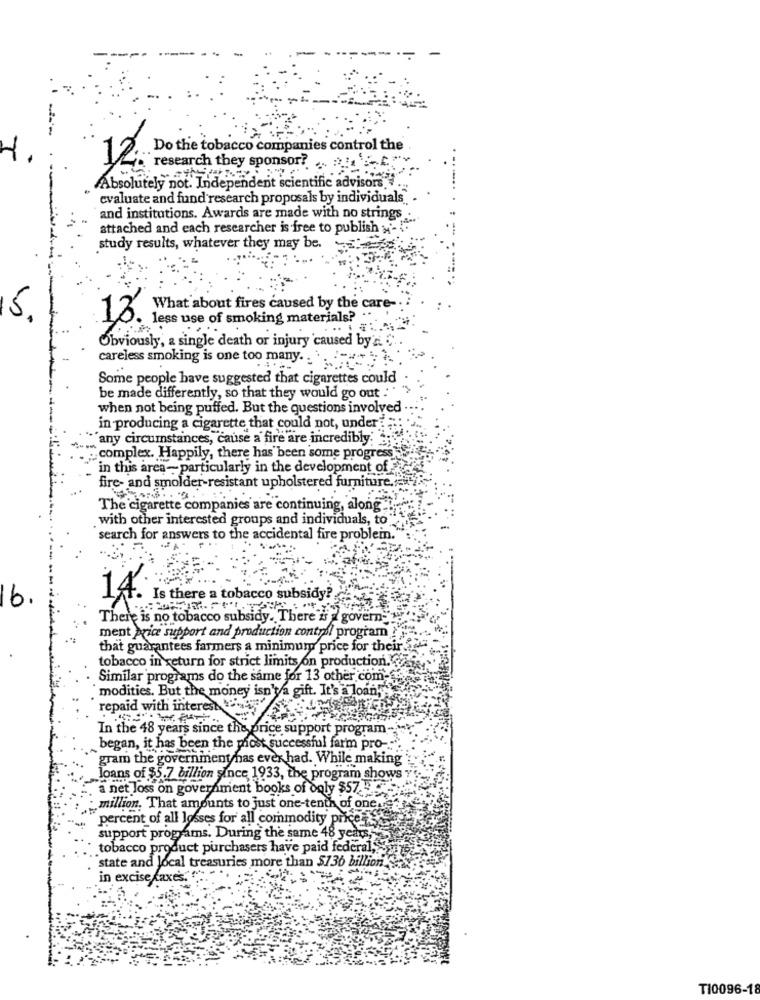
12.
Do the tobacco companies control the
research they sponsor?
Absolutely not. Independent scientific advisors ...
evaluate and fund research proposals by individuals
and institutions. Awards are made with no strings
attached and each researcher is free to publish >
study results, whatever they may be.
What about fires caused by the care-
5
13.
less use of smoking materials?
Obviously, a single death or injury caused by's '
careless smoking is one too many ..
Some people have suggested that cigarettes could
be made differently, so that they would go out : " ">
when not being puffed. But the questions involved
in producing a cigarette that could not, under :
any circumstances, cause a fire are incredibly. ;
complex. Happily, there has been some progress
in this area- particularly in the development of
fire- and smolder-resistant upholstered furniture.
The cigarette companies are continuing, along"
with other interested groups and individuals, to
search for answers to the accidental fire problemn.
16.
14.
Is there a tobacco subsidy?
There is no tobacco subsidy. There is a govern-
ment price support and production control program ?
that guarantees farmers a minimum price for their.
tobacco in return for strict limits on production.
Similar programs do the same for 13 other com-
modities. But the money isn'ta gift. It's a loan;"
repaid with interest
In the 48 years since the price support program
began, it has been the most successful farm pro-
gram the government has ever had. While making
loans of $5.7 billion since 1933, the program shows Y
a net loss on government books of doly $57 3.
million. That amounts to just one-tenth of one
percent of all losses for all commodity price is
support programs. During the same 48 years,
tobacco product purchasers have paid federal,
state and local treasuries more than $136 billion
in excise taxes.""""
TI0096-18